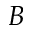
B